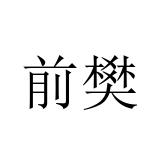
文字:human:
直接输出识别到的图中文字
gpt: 前樊